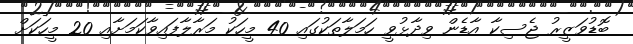
ބޮޑުވަޒީރު ޖެސިކާ އާޑެން ވިދާޅުވީ ހަމަލާތަކުގައި 40 މީހަކު މަރާލާފައިވާކަމަށާއި 20 މީހަކަށް